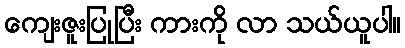
ကျေးဇူးပြုပြီး ကားကို လာ သယ်ယူပါ။